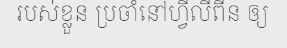
របស់ខ្លួន ប្រចាំនៅហ្វីលីពីន ឲ្យ